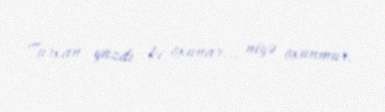
Turxan yazdı ki, oxunar... niyə oxunmur.